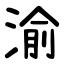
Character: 渝